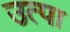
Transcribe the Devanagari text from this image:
उत्पा